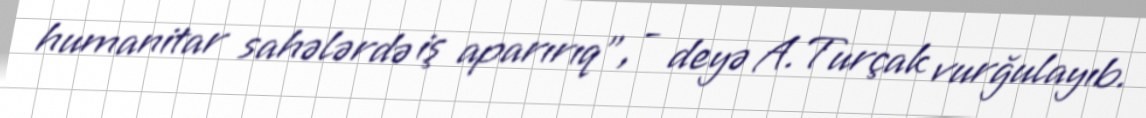
humanitar sahələrdə iş aparırıq", - deyə A.Turçak vurğulayıb.